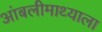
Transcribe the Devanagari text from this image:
आंबलीमाथ्याला